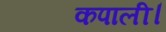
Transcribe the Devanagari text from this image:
कपाली।